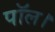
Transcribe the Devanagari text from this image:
पॉल।